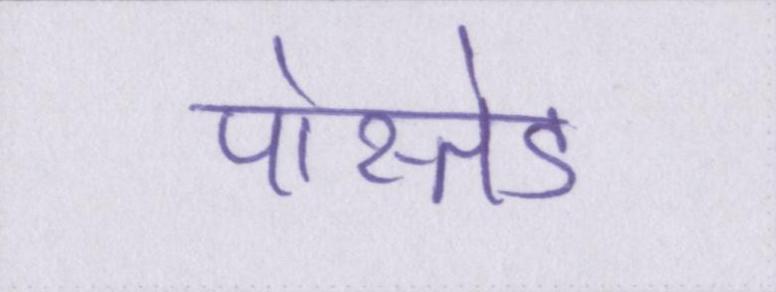
पोस्तेड